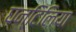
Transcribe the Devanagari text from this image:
घन्टिलिया